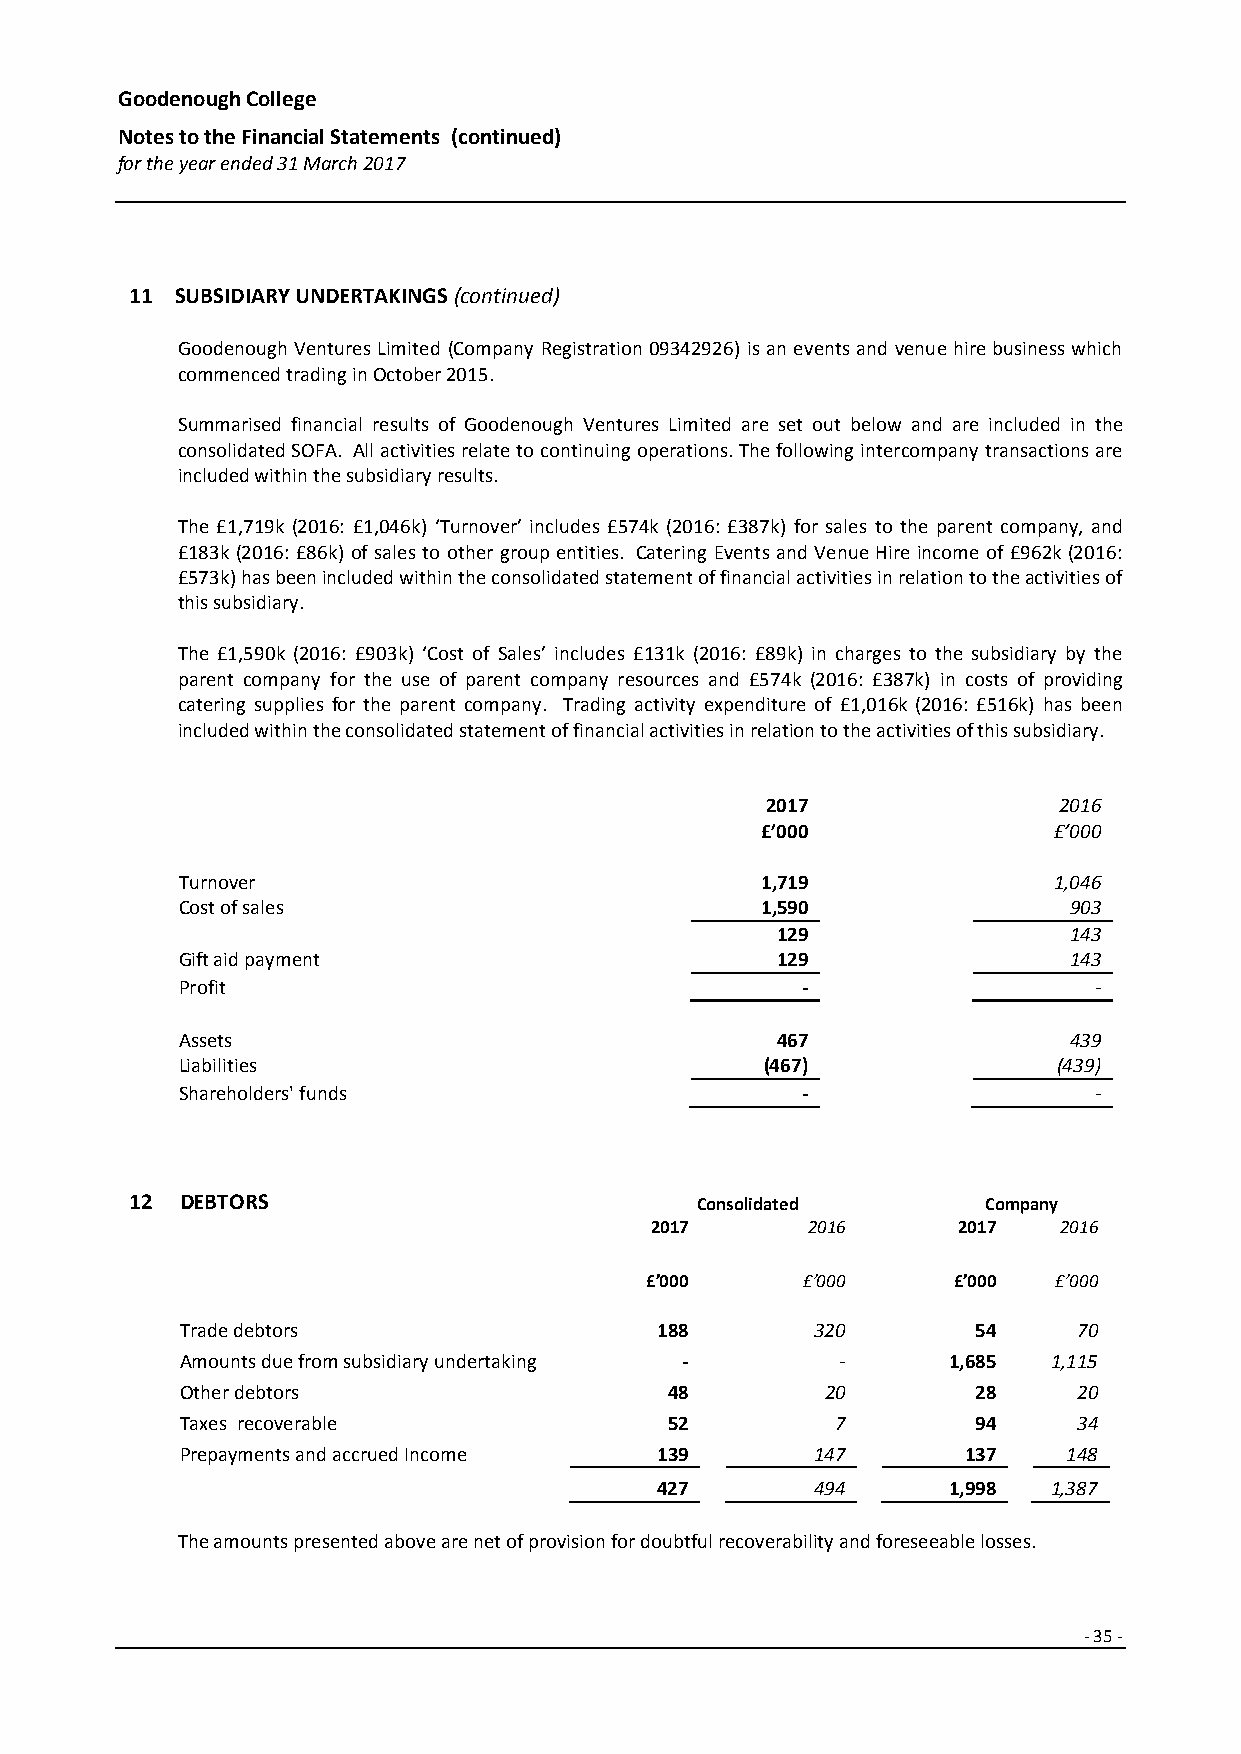
Goodenough College
 Notes to the Financial Statements (continued)
 for the year ended 31 March 2017
 11 SUBSIDIARY UNDERTAKINGS (continued)
 Goodenough Ventures Limited (Company Registration 09342926) is an events and venue hire business which
 commenced trading in October 2015.
 Summarised financial results of Goodenough Ventures Limited are set out below and are included in the
 consolidated SOFA. All activities relate to continuing operations. The following intercompany transactions are
 included within the subsidiary results.
 The £1,719k (2016: £1,046k) ‘Turnover’ includes £574k (2016: £387k) for sales to the parent company, and
 £183k (2016: £86k) of sales to other group entities. Catering Events and Venue Hire income of £962k (2016:
 £573k) has been included within the consolidated statement of financial activities in relation to the activities of
 this subsidiary.
 The £1,590k (2016: £903k) ‘Cost of Sales’ includes £131k (2016: £89k) in charges to the subsidiary by the
 parent company for the use of parent company resources and £574k (2016: £387k) in costs of providing
 catering supplies for the parent company. Trading activity expenditure of £1,016k (2016: £516k) has been
 included within the consolidated statement of financial activities in relation to the activities of this subsidiary.
 2 017              2016
 £’000               £’000
 Turnover                              1,719               1,046
 Cost of sales                         1,590                903
 129                 143
 Gift aid payment                       129                 143
 Profit                                   -                  -
 Assets                                 467                 439
 Liabilities                            (467)              (439)
 Shareholders' funds                      -                  -
 12 DEBTORS                           Consolidated       Company
 2017      2016      2017   2016
 £’000     £’000     £’000  £’000
 Trade debtors                  188        320        54    70
 Amounts due from subsidiary undertaking -   -      1,685  1,115
 Other debtors                   48         20        28    20
 Taxes recoverable               52         7         94    34
 Prepayments and accrued Income 139        147       137    148
 427        494      1,998  1,387
 The amounts presented above are net of provision for doubtful recoverability and foreseeable losses.
 -35 -